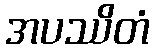
အပဿိတံ